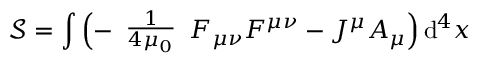
{ \mathcal { S } } = \int \left( - { \begin{array} { l } { { \frac { 1 } { 4 \mu _ { 0 } } } } \end{array} } F _ { \mu \nu } F ^ { \mu \nu } - J ^ { \mu } A _ { \mu } \right) \mathrm { d } ^ { 4 } x